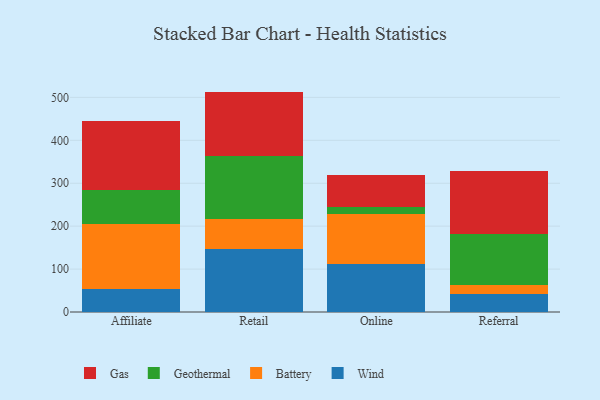
{"axis": {"x": "Channel", "y": "Satisfaction Score"}, "legend": ["Battery", "Gas", "Geothermal", "Wind"], "data": [{"x": "Affiliate", "y": 53.5, "type": "Wind"}, {"x": "Affiliate", "y": 150.7, "type": "Battery"}, {"x": "Affiliate", "y": 78.9, "type": "Geothermal"}, {"x": "Affiliate", "y": 161.3, "type": "Gas"}, {"x": "Retail", "y": 145.7, "type": "Wind"}, {"x": "Retail", "y": 70.0, "type": "Battery"}, {"x": "Retail", "y": 147.9, "type": "Geothermal"}, {"x": "Retail", "y": 149.9, "type": "Gas"}, {"x": "Online", "y": 112.1, "type": "Wind"}, {"x": "Online", "y": 116.8, "type": "Battery"}, {"x": "Online", "y": 15.3, "type": "Geothermal"}, {"x": "Online", "y": 74.4, "type": "Gas"}, {"x": "Referral", "y": 43.0, "type": "Wind"}, {"x": "Referral", "y": 20.3, "type": "Battery"}, {"x": "Referral", "y": 119.0, "type": "Geothermal"}, {"x": "Referral", "y": 145.4, "type": "Gas"}]}